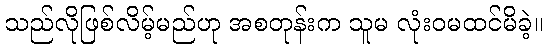
သည်လိုဖြစ်လိမ့်မည်ဟု အစတုန်းက သူမ လုံးဝမထင်မိခဲ့။